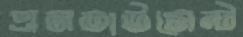
এনডাউমেন্ট